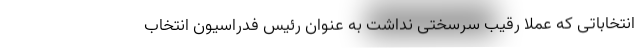
انتخاباتی که عملاً رقیب سرسختی نداشت به عنوان رئیس فدراسیون انتخاب